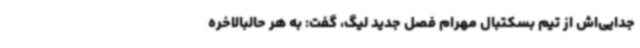
جدایی‌اش از تیم بسکتبال مهرام فصل جدید لیگ، گفت: به هر حالبالاخره